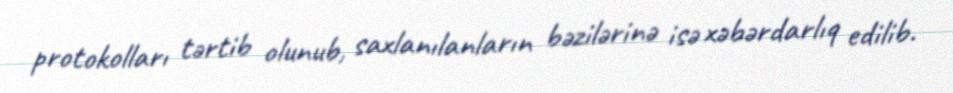
protokolları tərtib olunub, saxlanılanların bəzilərinə isə xəbərdarlıq edilib.